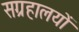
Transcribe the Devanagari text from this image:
सग्रहालयों